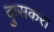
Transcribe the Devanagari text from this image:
कुसकरा